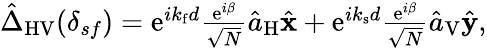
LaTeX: \begin{array}{r}{\hat{\Delta}_{\mathrm{HV}}(\delta_{sf})=\mathrm{e}^{ik_{\mathrm{f}}d}\frac{\mathrm{e}^{i\beta}}{\sqrt{N}}\hat{a}_{\mathrm{H}}\hat{\mathbf x}+\mathrm{e}^{ik_{\mathrm{s}}d}\frac{\mathrm{e}^{i\beta}}{\sqrt{N}}\hat{a}_{\mathrm{V}}\hat{\mathbf y},}\end{array}